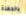
بالحفلة